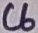
Text: C6